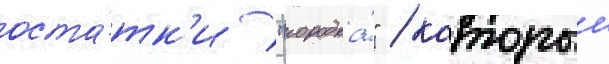
оста́тк'и "городка́" / которыи